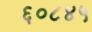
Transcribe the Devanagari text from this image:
६०८४५